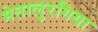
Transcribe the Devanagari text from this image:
मेतालुरगिया